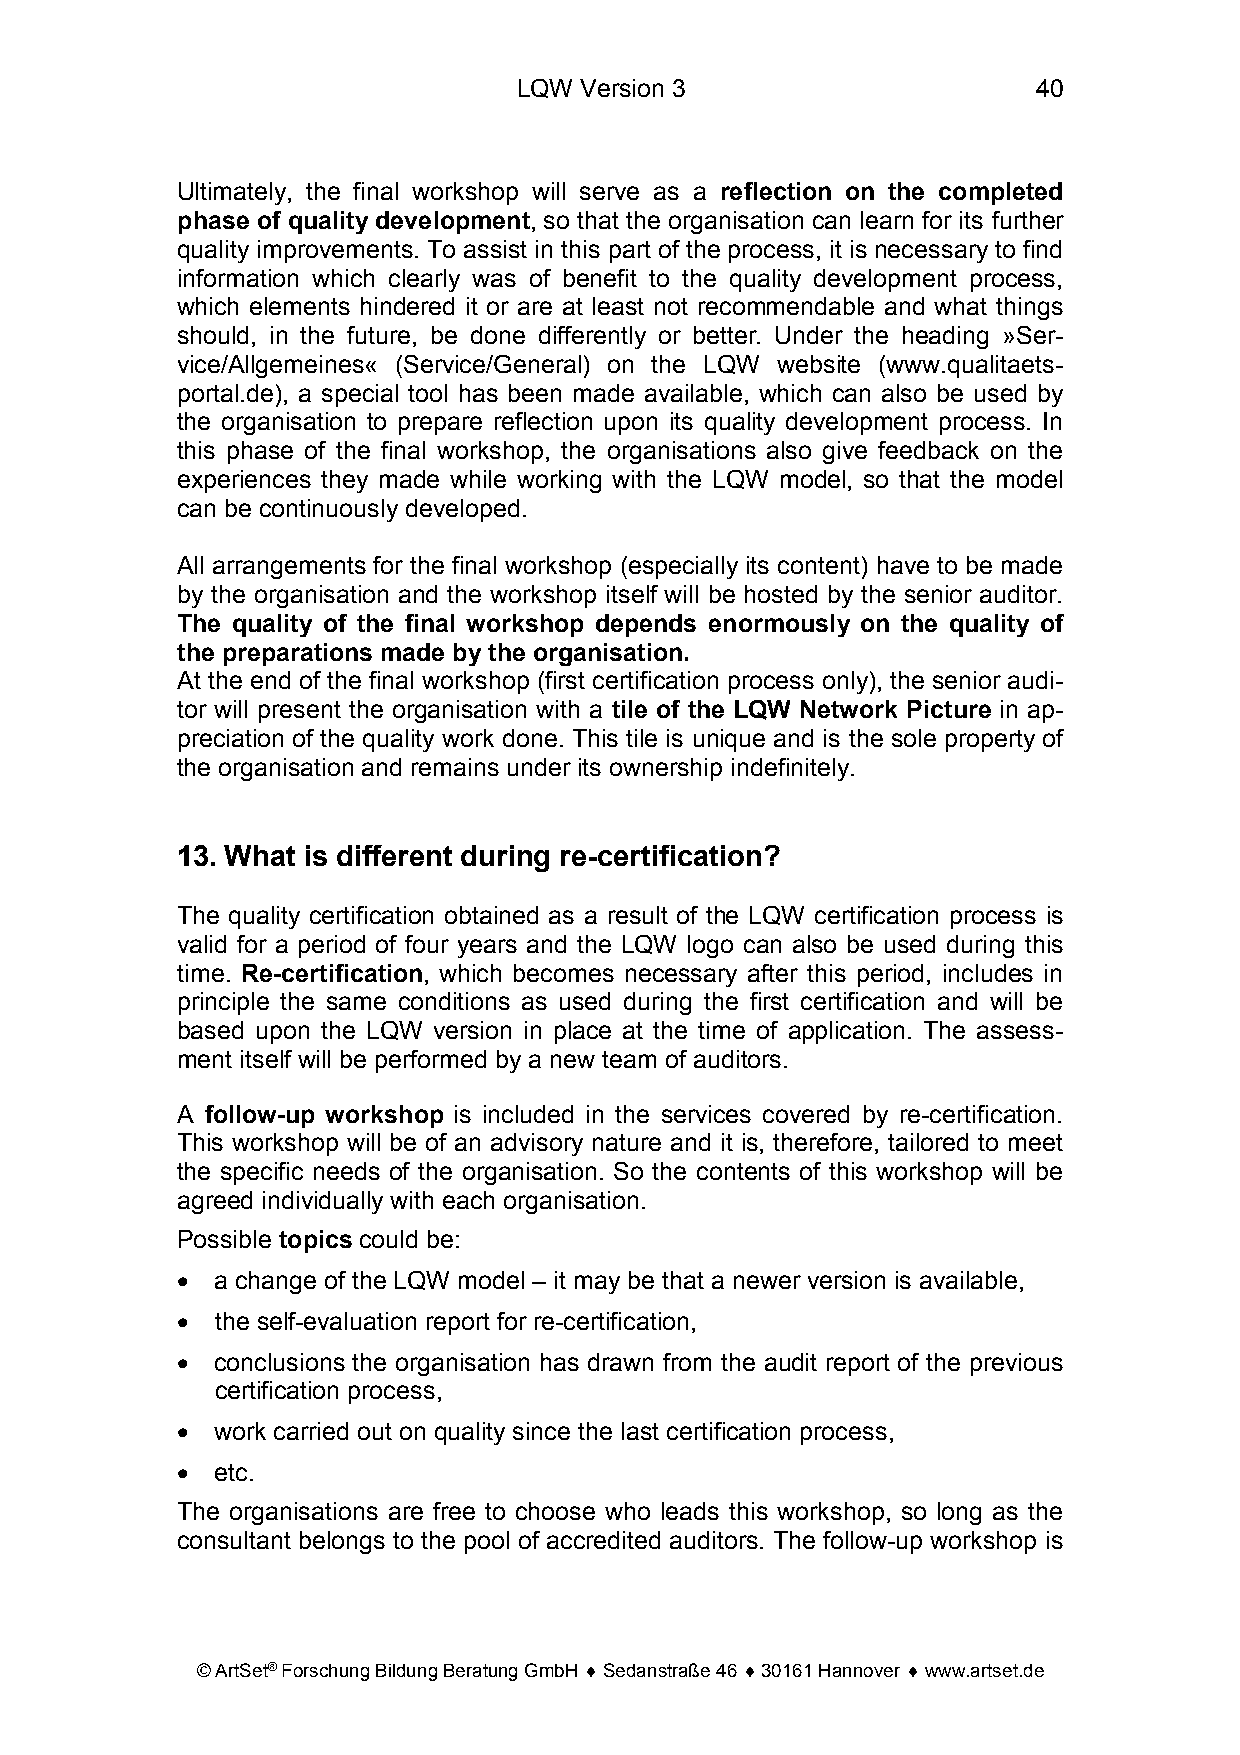
LQW Version 3                      40
 Ultimately, the final workshop will serve as a reflection on the completed
 phase of quality development, so that the organisation can learn for its further
 quality improvements. To assist in this part of the process, it is necessary to find
 information which clearly was of benefit to the quality development process,
 which elements hindered it or are at least not recommendable and what things
 should, in the future, be done differently or better. Under the heading »Ser-
 vice/Allgemeines« (Service/General) on the LQW website (www.qualitaets-
 portal.de), a special tool has been made available, which can also be used by
 the organisation to prepare reflection upon its quality development process. In
 this phase of the final workshop, the organisations also give feedback on the
 experiences they made while working with the LQW model, so that the model
 can be continuously developed.
 All arrangements for the final workshop (especially its content) have to be made
 by the organisation and the workshop itself will be hosted by the senior auditor.
 The quality of the final workshop depends enormously on the quality of
 the preparations made by the organisation.
 At the end of the final workshop (first certification process only), the senior audi-
 tor will present the organisation with a tile of the LQW Network Picture in ap-
 preciation of the quality work done. This tile is unique and is the sole property of
 the organisation and remains under its ownership indefinitely.
 13. What is different during re-certification?
 The quality certification obtained as a result of the LQW certification process is
 valid for a period of four years and the LQW logo can also be used during this
 time. Re-certification, which becomes necessary after this period, includes in
 principle the same conditions as used during the first certification and will be
 based upon the LQW version in place at the time of application. The assess-
 ment itself will be performed by a new team of auditors.
 A follow-up workshop is included in the services covered by re-certification.
 This workshop will be of an advisory nature and it is, therefore, tailored to meet
 the specific needs of the organisation. So the contents of this workshop will be
 agreed individually with each organisation.
 Possible topics could be:
 • a change of the LQW model – it may be that a newer version is available,
 • the self-evaluation report for re-certification,
 • conclusions the organisation has drawn from the audit report of the previous
 certification process,
 • work carried out on quality since the last certification process,
 • etc.
 The organisations are free to choose who leads this workshop, so long as the
 consultant belongs to the pool of accredited auditors. The follow-up workshop is
 © ArtSet® Forschung Bildung Beratung GmbH ♦ Sedanstraße 46 ♦ 30161 Hannover ♦ www.artset.de